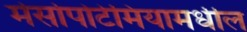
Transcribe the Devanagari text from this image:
मेसोपोटेमियामधील